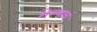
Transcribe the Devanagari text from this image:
शेल्याचं